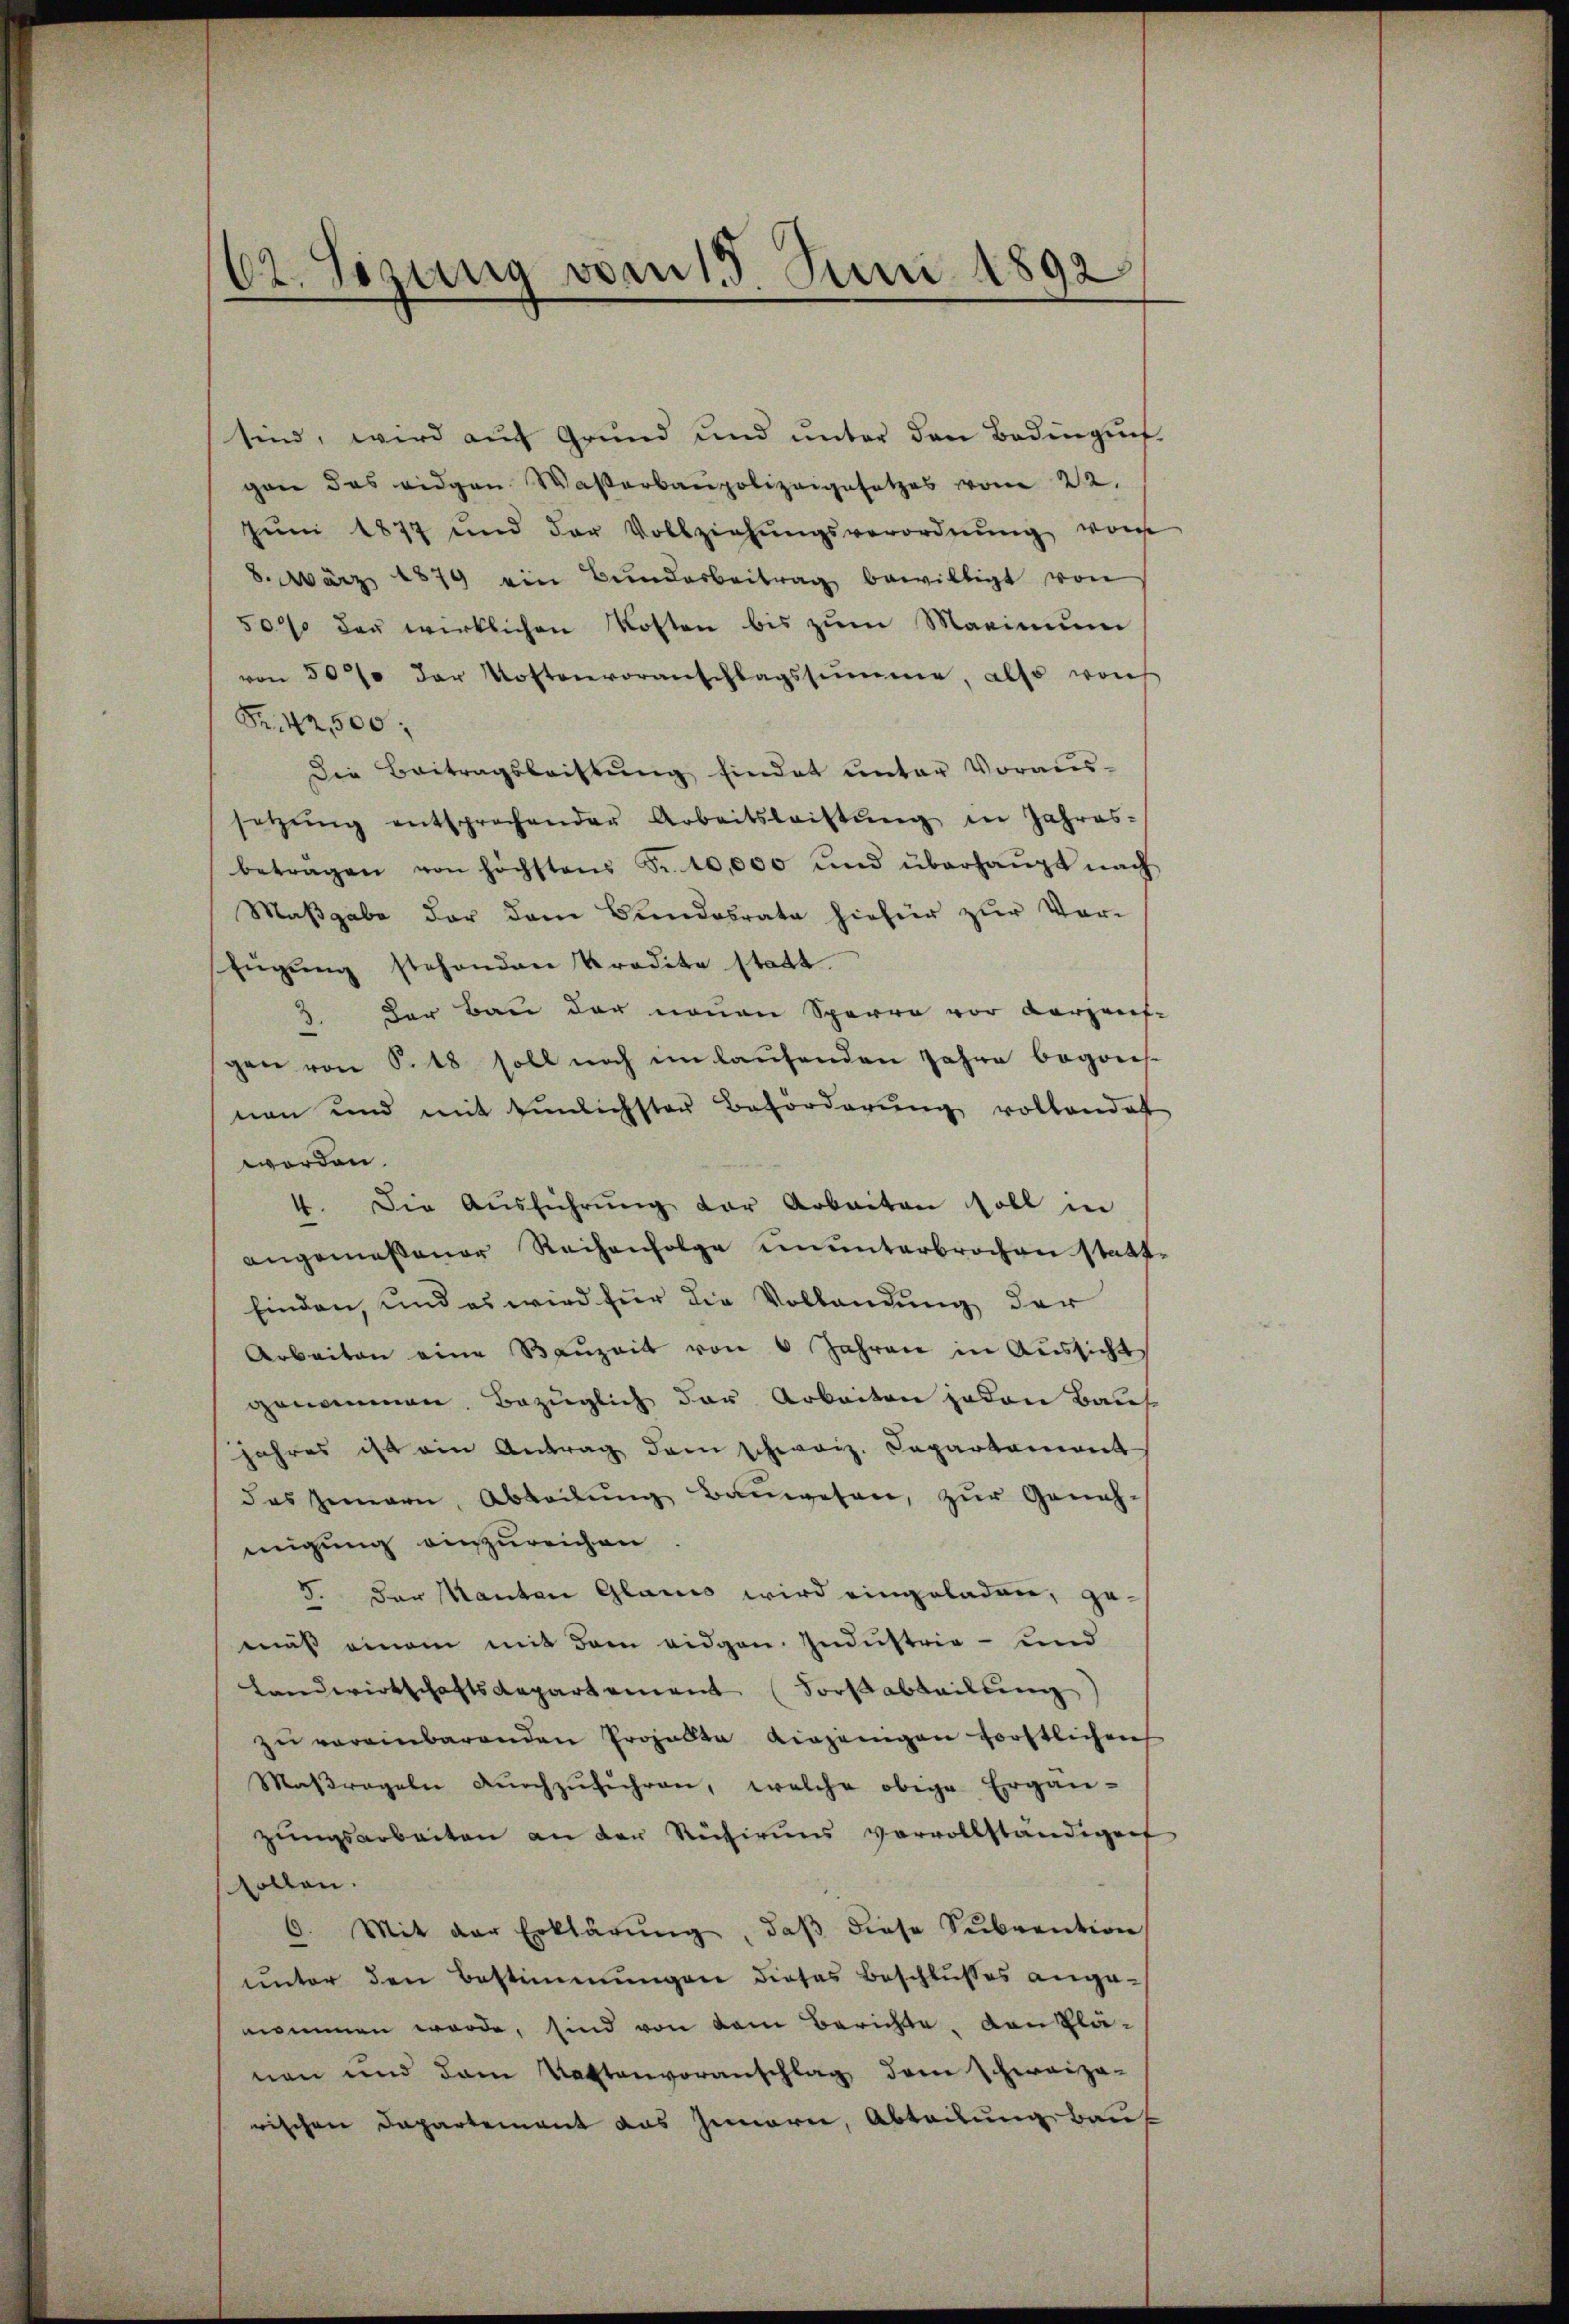
62. Sezung vom 15. Juni 1892

sind, wird aŭf Grŭnd und ŭnter den Bedinguns
gen das eidgen Waßerbaupolizeigesetzes vom 22.
Jŭni 1877 und der Vollziehŭngsverordnŭng von
8. März 1879 ein Bŭndarbeitrag bewilligt von
5000 der wirklichen Kosten bis zum Marinium
von 30% der Kostenvoranschlagssumme, also von
Fr. 42,500,
Die Beitragsleistŭng findet unter Voraus-
setzŭng entsprochender Arbeitsleistŭng in Jahres-
betragen von höchstens Fr. 10,000 und überhaŭpt nach
Maβgabe der dem Bundesrate hiefür zŭr Vor-
fügung stehenden Kredite statt.
3. Der Bau der neuen Sparre vor Carzens-
gen von S. 18 soll noch im laufenden Jahre begons-
nen und mit Einlichster Beförderung vollandat
worden.
4. Die Aŭsführŭng der Arbeiten soll in
angemessener Reihenfolge ununterbrochen statt
finden, und es wird für die Vollandung der
Arbeiten eine Baŭzeit von 6 Jahren in Aussicht
genommen. Bezüglich der Arbeiten jeden Bau
jahres ist ein Antrag dem schweiz. Capartament
das Gemarn, Abteilŭng Bauwesen, zur Geneh-
migung einzureichen
5. Der Manten Glarus wird eingeladen, gemuß einem mit dem eidgen. Industria - und
Landwirtschaftsdepartement Forstabteilung
zŭ vereinbarenden Projekte diejenigen forstlichen
Maßregeln dŭrchzŭführen, welche obige Ergän-
zŭngsarbeiten an der Rütirungs vervollständigen
sollen.
6. Mit der Erklärŭng, daβ diese Sŭbvention
unter den Bestimmungen dieses Beschlusses ange-
nommen werde, sind von dem Berichte, den Plänen und dem Vattenvoranschlag dem Schweiza-
rischen Departement das Innern, Abteilung bau